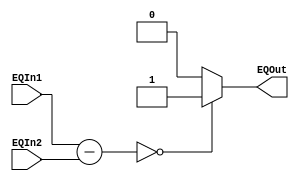
module EQ (input [31:0] EQIn1, EQIn2,
           output reg EQOut);
           
always @ *
    if ((EQIn1 - EQIn2) == 0)
        EQOut = 1'b1;
    else 
        EQOut = 1'b0;
        
endmodule